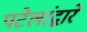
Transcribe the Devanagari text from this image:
पटेलांद्वारे